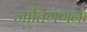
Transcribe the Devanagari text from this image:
जातिगणना